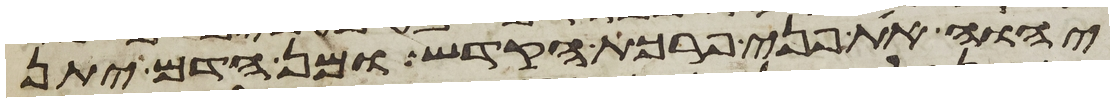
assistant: יהוה את פני פרכת הקדש ומן הדם יתן